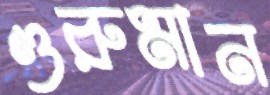
গুরুমান